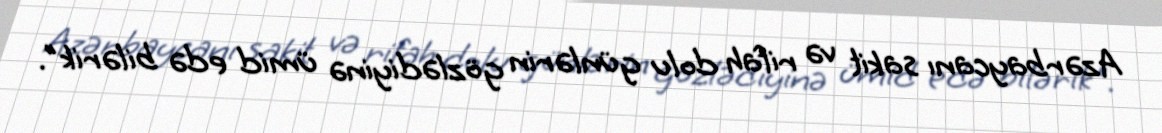
Azərbaycanı sakit və rifah dolu günlərin gözlədiyinə ümid edə bilərik".